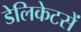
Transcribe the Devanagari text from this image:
डेलिकेटसें